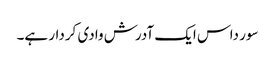
سور داس ایک آدرش وادی کردار ہے۔